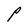
Character: P